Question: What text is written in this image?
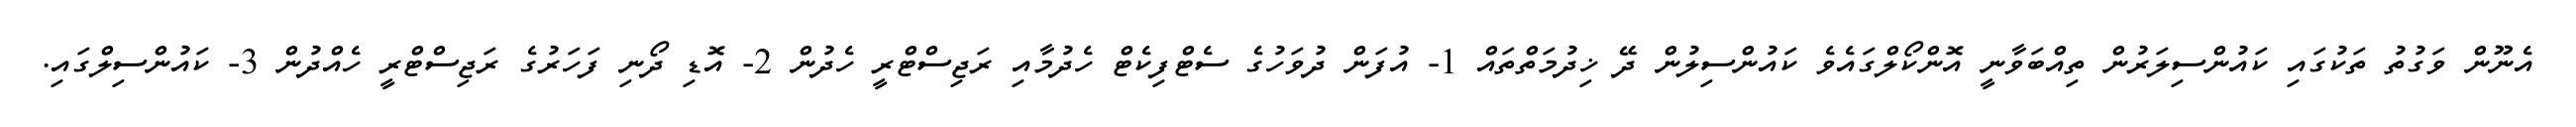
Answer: އެނޫން ވަގުތު ތަކުގައި ކައުންސިލަރުން ތިއްބަވާނީ އޮންކޯލްގައެވެ ކައުންސިލުން ދޭ ޚިދުމަތްތައް 1- އުފަން ދުވަހުގެ ސެޓްފިކެޓް ހެދުމާއި ރަޖިސްޓްރީ ހެދުން 2- އޮޑި ދޯނި ފަހަރުގެ ރަޖިސްޓްރީ ހެއްދުން 3- ކައުންސިލްގައި.